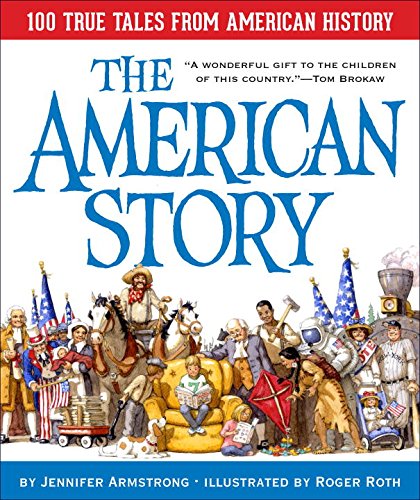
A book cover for The American Story: 100 True Tales from American History; Jennifer Armstrong; Children's Books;